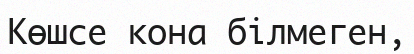
Көшсе кона білмеген,